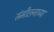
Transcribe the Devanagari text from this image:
संमीलनाच्या